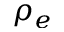
\rho _ { e }